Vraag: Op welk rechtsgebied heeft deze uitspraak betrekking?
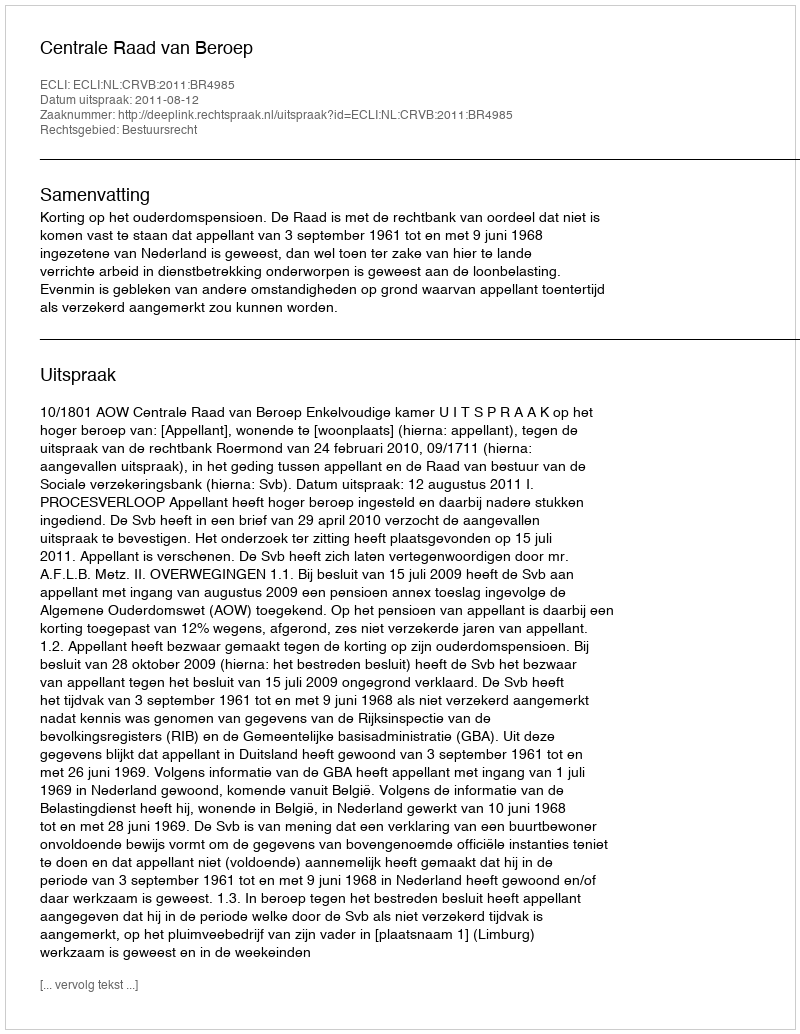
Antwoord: Bestuursrecht